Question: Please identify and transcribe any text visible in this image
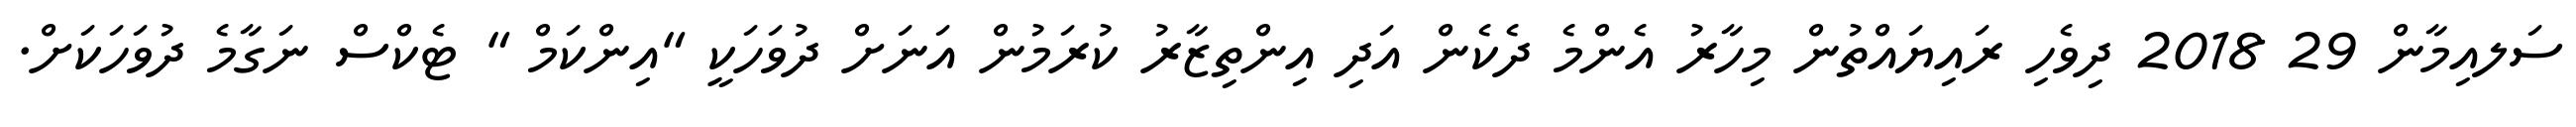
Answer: ސަލއިމާން 29 2018 ދިވެހި ރައިޔައްތުން މިހާރު އެންމެ ދެކެން އަދި އިންތިޒާރު ކުރަމުން އަނަށް ދުވަހަކީ "އިންކަމް " ޓެކްސް ނަގާމެ ދުވަހަކަށް.